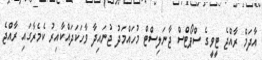
އާދަމް ރާއްޖެ ޓީވީގެ ސްޕޯޓްސް ޖާނަލިސްޓް މުހައްމަދު ޖުނައިދާ ވާހަކަދައްކާއިރު ކެމެރާގައި ރާއްޖެ